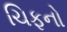
ચિફનો